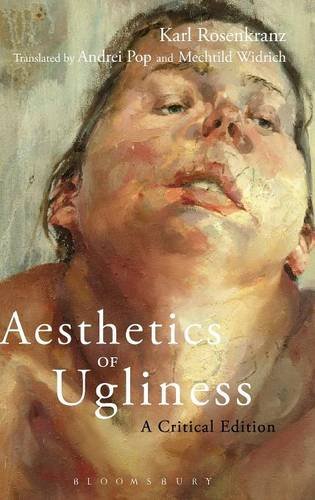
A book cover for Aesthetics of Ugliness: A Critical Edition; Karl Rosenkranz; Politics & Social Sciences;